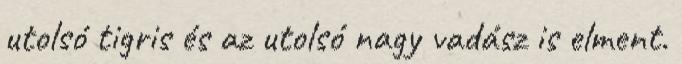
utolsó tigris és az utolsó nagy vadász is elment.